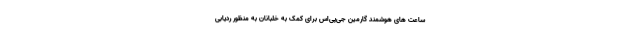
ساعت های هوشمند گارمین جی‌پی‌اس برای کمک به خلبانان به منظور ردیابی